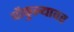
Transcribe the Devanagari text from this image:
चौफुल्यावर